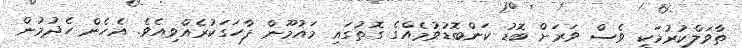
ތާވަލްކުރުމަކީ ވެސް ވަރަށް ބޮޑު ކަންބޮޑުވުމެއްގެ ގޮތުގައި މައުމޫން ފާހަގަކުރެއްވިއެވެ. އެހެން ހެދުމުން